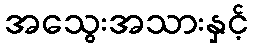
အသွေးအသားနှင့်